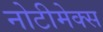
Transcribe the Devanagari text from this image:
नोटीमेक्स